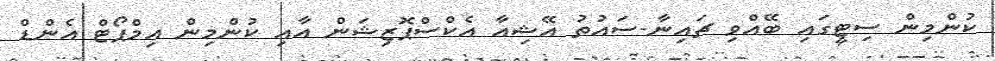
ކުންމިން ސިޓީގައި ބޭއްވި ޗައިނާ-ސައުތު އޭޝިއާ އެކްސްޕޮޒިޝަން އާއި ކުންމިން އިމްޕޯޓް އެންޑް